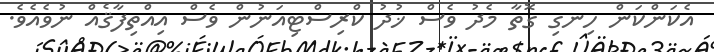
އެކަންކަން ހިނގި ގޮތާ މެދު ވެސް ޚުދު ކްރިސްޓިއަނުން ވެސް އިއްތިފާޤެއް ނުވެއެވެ.